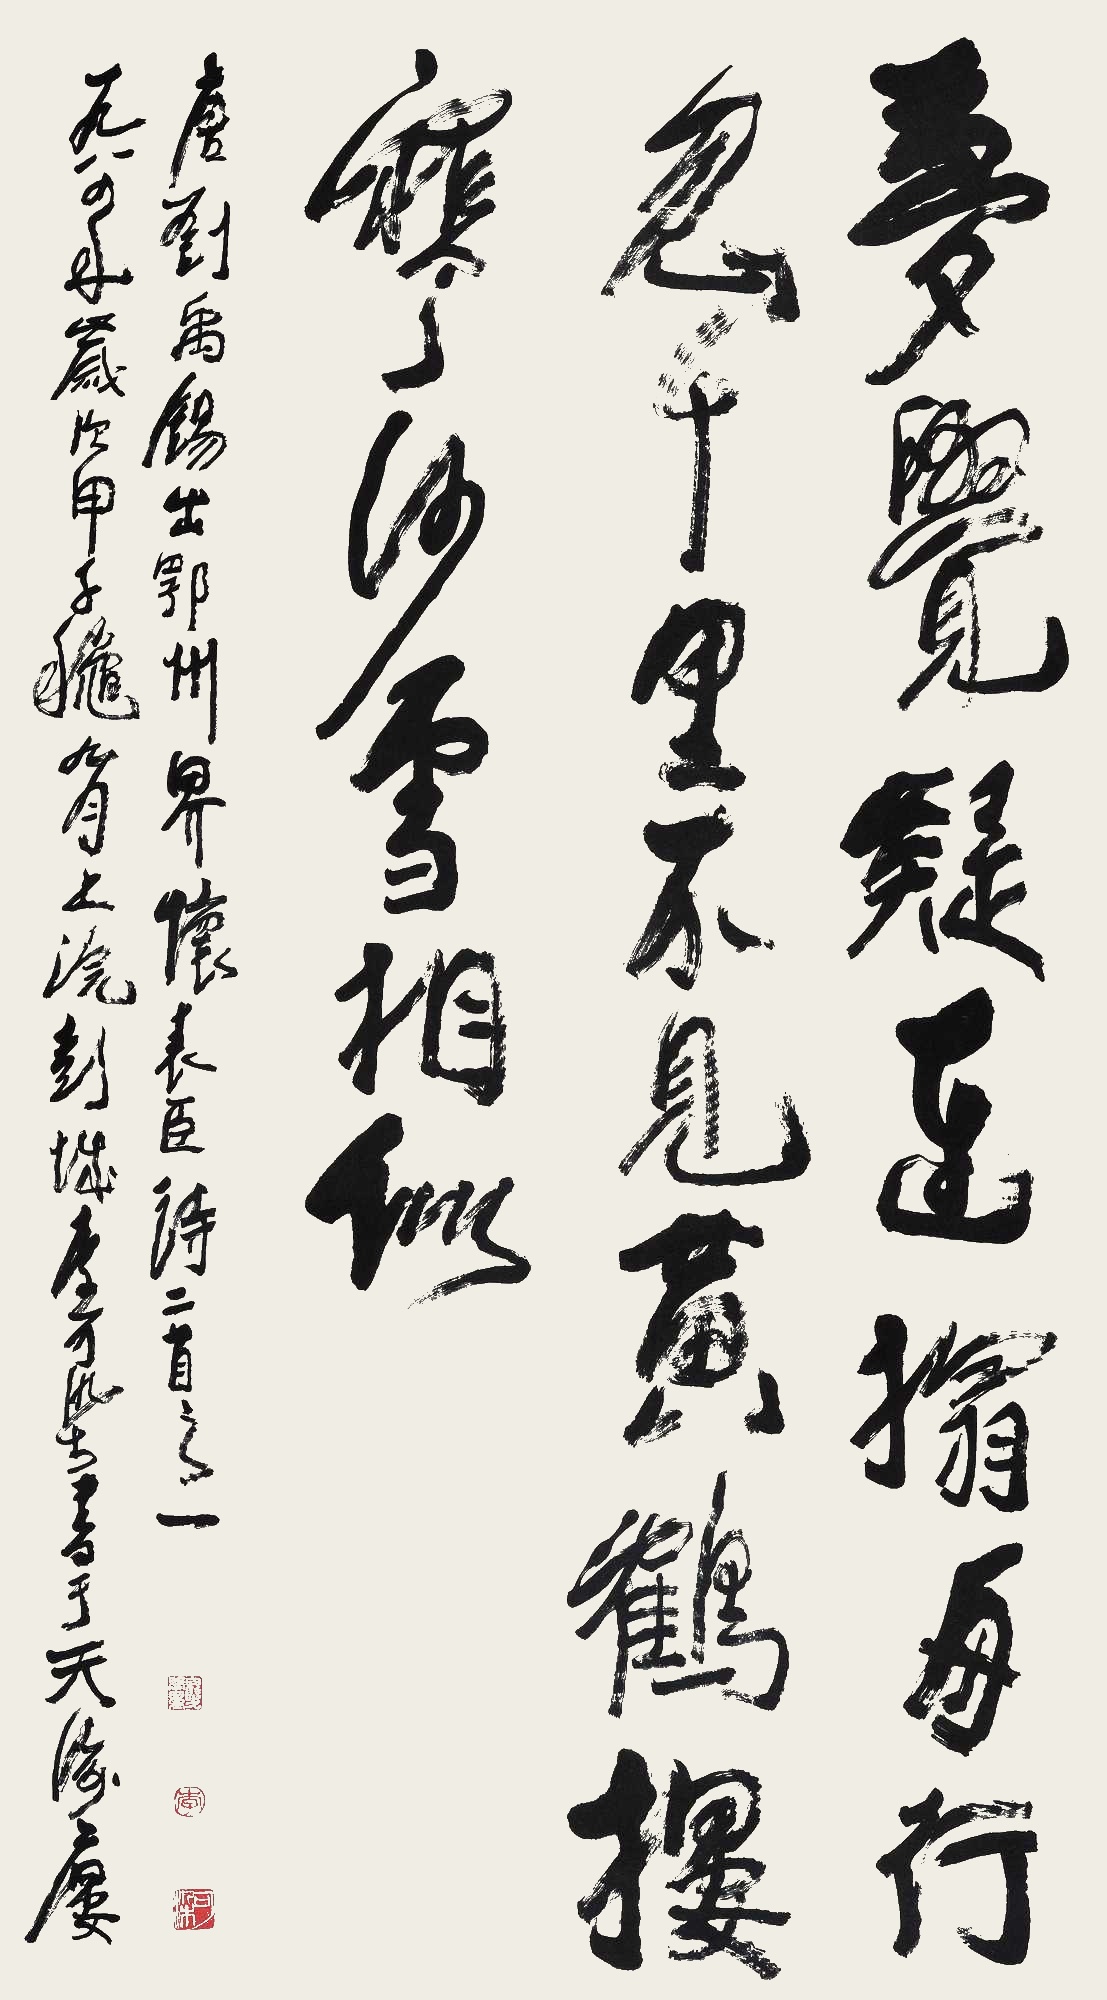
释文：梦觉疑连榻，舟行忽千里。不见黄鹤楼，寒沙雪相似。唐刘禹锡《出鄂州界怀表臣二首》之一。一九八四年，岁次甲子秋九月上浣，彭城李可染书于天海楼。白发学童、李、可染